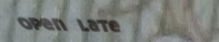
open late